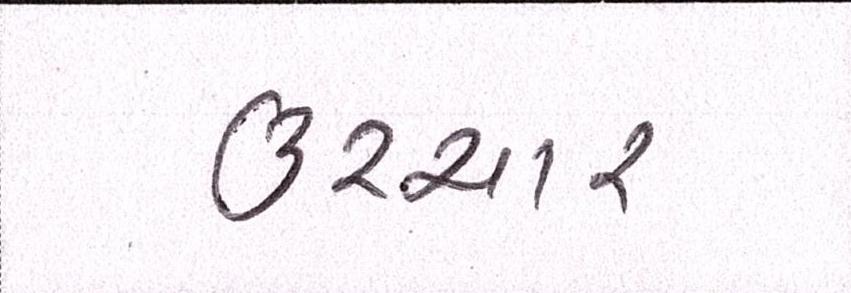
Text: ઉચ્ચાર